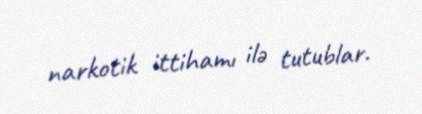
narkotik ittihamı ilə tutublar.